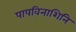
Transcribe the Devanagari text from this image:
पापविनाशिनि